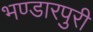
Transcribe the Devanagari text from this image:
भण्डारपुरी